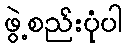
ဖွဲ့စည်းပုံပါ